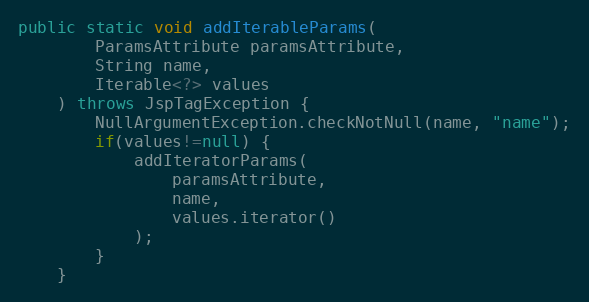
Language: Java
public static void addIterableParams(
		ParamsAttribute paramsAttribute,
		String name,
		Iterable<?> values
	) throws JspTagException {
		NullArgumentException.checkNotNull(name, "name");
		if(values!=null) {
			addIteratorParams(
				paramsAttribute,
				name,
				values.iterator()
			);
		}
	}